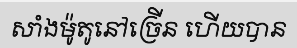
សាំងម៉ូតូនៅច្រើន ហើយបាន